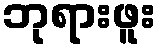
ဘုရားဖူး